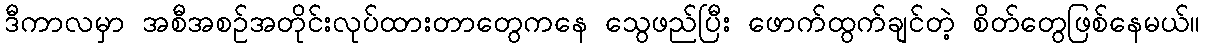
ဒီကာလမှာ အစီအစဉ်အတိုင်းလုပ်ထားတာတွေကနေ သွေဖည်ပြီး ဖောက်ထွက်ချင်တဲ့ စိတ်တွေဖြစ်နေမယ်။